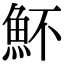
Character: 𩵣